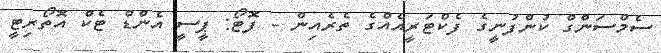
ސެމްސަންގް ކުންފުނީގެ ފެކްޓަރީއެއްގެ ތެރެއިން - ފޮޓޯ: ޕީސީ އެންޑް ޓެކް އޮތޯރިޓީ